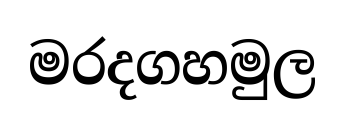
මරදගහමුල